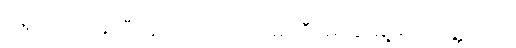
နေ့လည် ၁ နာရီဝန်းကျင်လောက်မှာ ဒီမော့ဆိုမြို့မှာပဲတွေ့တယ်။